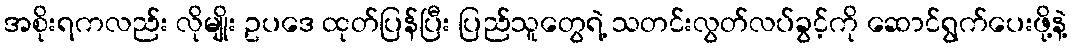
အစိုးရကလည်း လိုမျိုး ဥပဒေ ထုတ်ပြန်ပြီး ပြည်သူတွေရဲ့ သတင်းလွတ်လပ်ခွင့်ကို ဆောင်ရွက်ပေးဖို့နဲ့